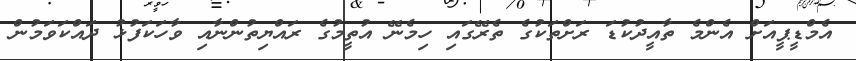
އެމްޑީޕީއަށް އެންމެ ތާއީދުކުޑަ ރަށްތަކުގެ ތެރޭގައި ހިމެނޭ އުތީމުގެ ރައްޔިތުންނާއި ވާހަކަފުޅު ދައްކަވަމުން